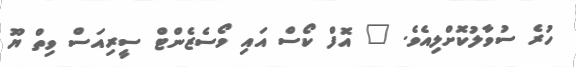
ހުރެ ސުވާލުކޮށްލިއެވެ. " އޮފް ކޯސް އައި ވޯސެޒެންޓް ސީރިއަސް ވިތް ޔޫ